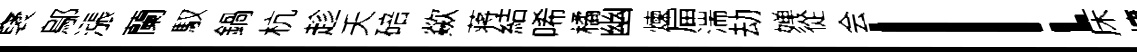
裦鄔漲蘭馭鍋杭趁夭碚歘蒋結唏橘幽煉屇湍劫婵從会l床墉